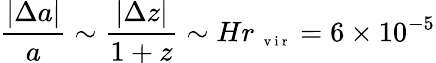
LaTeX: \frac{|\Delta a|}{a}\sim\frac{|\Delta z|}{1+z}\sim Hr_{\mathrm{~\scriptsize~v~i~r~}}=6\times 10^{-5}